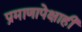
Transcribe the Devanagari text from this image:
प्रमाणापेक्षाही